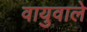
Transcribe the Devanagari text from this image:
वायुवाले